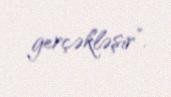
gerçəkləşir”.